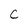
Character: C